Leaving Certificate, 1900
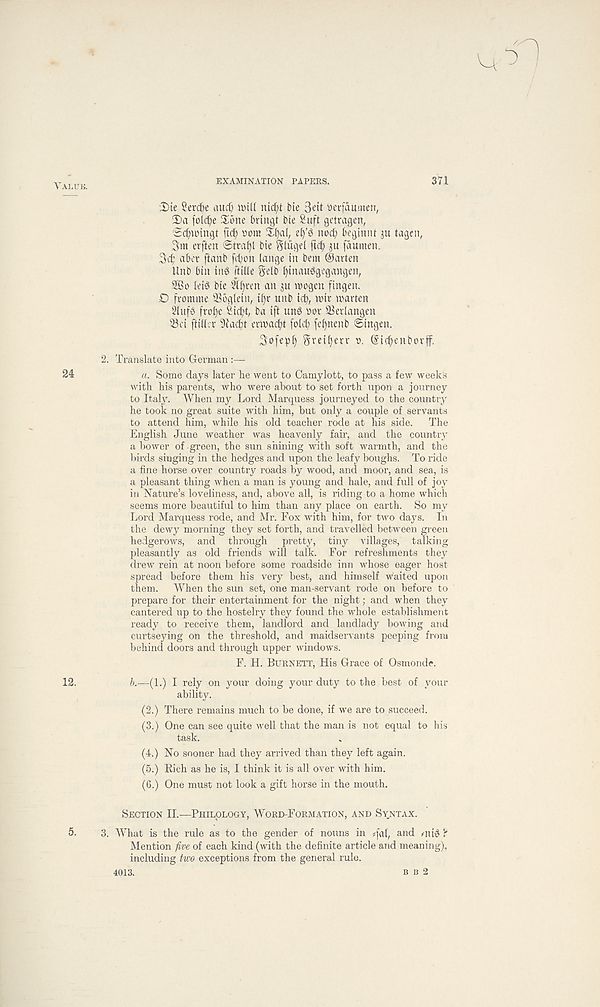
EXAMINATION PAPERS.
371
;I)te Sercfoe aud) tptll nt(^t t>ie 3eit ' oei-faumen,
foic^e Xone bringt bie 2uft getragen,
Sc^ioingt ftc^ *>om S[)a(, el)’6 not^ beginiU 311 tagen,
3m erften Strati bie Sliigel ftc^ 3a fdumen.
3$ akr ftanb fcbon (ange in ban @arten
Unb bin ing [tide §e(b t)inau0gegnngen,
9Bo Iet6 bie 2lif)v:cn an ju roogen fingen.
D fro mine 93bglein, ifjr unb ic^, mir marten
Slufs fro^e Sicf' t, ba ift un6 oov 33er(angen
33ci ftitlcr 97acf)t ermad;t folcf) fefjnenb ©ingen.
3ofepl) ^veifjerv 0. ©icfienborf.
2. Translate into German :—
a. Some days later he went to Gamylott, to pass a few week' s
with his parents, who were about to set forth upon a journey
to Italy. When my Lord Marquess journeyed to the country
he took no great suite with him, but only a couple of servants
to attend him, while his old teacher rode at his side. The
English June weather was heavenly fair, and the country
a bower of -green, the sun shining with soft warmth, and the
birds singing in the hedges and upon the leafy boughs. To ride
a fine horse over country roads by wood, and moor, and sea, is
a pleasant thing when a man is young and hale, and full of joy
in Nature’s loveliness, and, above all, is riding to a home which
seems more beautiful to him than any place on earth. So my
Lord Marquess rode, and Mr. Fox with him, for two days. In
the dewy morning they set forth, and travelled between green
hedgerows, and through pretty, tiny villages, talking
pleasantly as old friends will talk. For refreshments they
drew rein at noon before some roadside inn whose eager host
spread before them his very best, and himself waited upon
them. When the sun set, one man-servant rode on before to
prepare for their entertainment for the night; and when they
cantered up to the hostelry they found the whole establishment
ready to receive them, landlord and landlady bowing and
curtseying on the threshold, and maidservants peeping from
behind doors and through upper windows.
F. H. Burnett, His Grace of Osmonde.
b.—(1.) I rely on your doing your duty to the best of your
ability.
(2.) There remains much to be done, if we are to succeed.
(3.) One can see quite well that the man is not equal to his
task.
(4.) No sooner had they arrived than they left again.
(5.) Rich as he is, I think it is all over with him.
(6.) One must not look a gift horse in the mouth.
Section II.—Philology, Word-Formation, and Sy.ntax.
3. What is the rule as to the gender of nouns in #[a(, and uu3 ?
Mention five of each kind (with the definite article and meaning),
including two exceptions from the general rule.